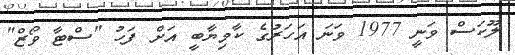
ލޫކަސް ވަނީ 1977 ވަނަ އަހަރުގެ ކާމިޔާބީ އަށް ފަހު "ސްޓާ ވޯޒް"